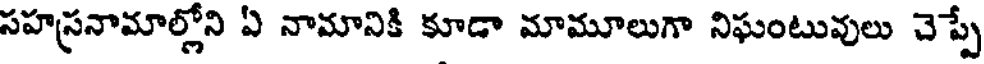
సహస్రనామాల్లోని ఏ నామానికి కూడా మామూలుగా నిఘంటువులు చెప్పే